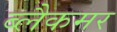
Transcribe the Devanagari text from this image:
ब्लैकमर